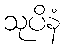
သုပိနံ